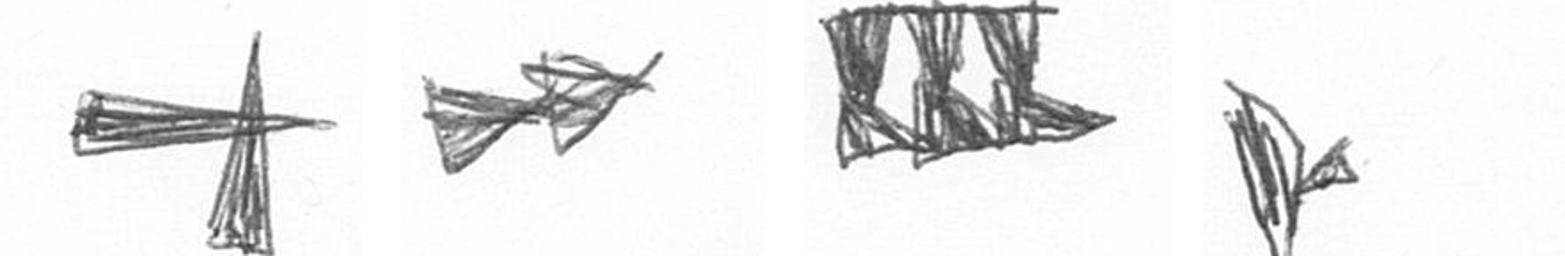
G A D F